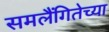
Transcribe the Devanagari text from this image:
समलैंगितेच्या